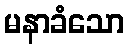
မနာခံသော